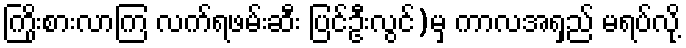
ကြိုးစားလာကြ လက်ရဖမ်းဆီး ပြင်ဦးလွင်)မှ ကာလအရှည် မရပ်လို့